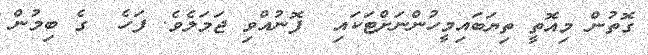
ގޮތުން މިއޮތީ ތިޔަބައިމީހުންނަށްޓަކައި  ފޮނުއްވި ޖަމަލެެވެ. ފަހެ  ގެ ބިމުން